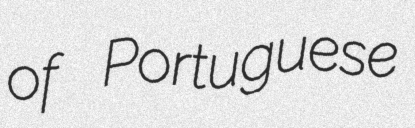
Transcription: of Portuguese